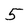
Character: 5